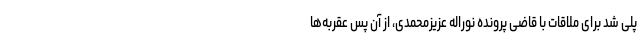
پلی شد برای ملاقات با قاضی پرونده نوراله عزیزمحمدی، از آن پس عقربه‌ها